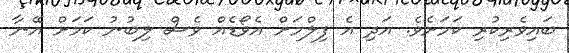
ބައިވެރިކުރި ކަމަށެވެ. އަދި އެ ފިލްމަށް އެވޯޑެއް ވެސް ލިބުނު ކަމަށް އޭނާ